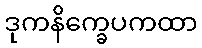
ဒုကနိက္ခေပကထာ